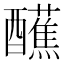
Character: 𫑿